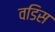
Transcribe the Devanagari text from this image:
वडिस